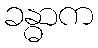
ခန္ဓာက